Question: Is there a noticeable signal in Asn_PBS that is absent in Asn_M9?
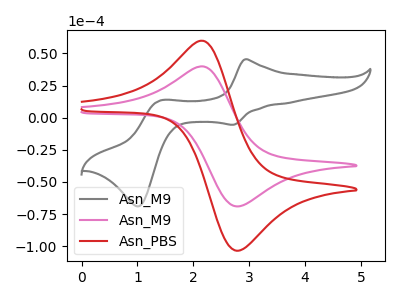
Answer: <think>The gray curve "Asn_M9" has anodic peaks at (2.95V, 45.45uA) (1.40V, 13.50uA) and cathodic peaks at (2.70V, -5.50uA) (1.00V, -69.00uA). The pink curve "Asn_M9" has an anodic peak at (2.20V, 39.90uA) and a cathodic peak at (2.80V, -69.10uA). The red curve "Asn_PBS" has an anodic peak at (2.20V, 59.85uA) and a cathodic peak at (2.80V, -103.60uA).
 All the peaks in "Asn_PBS" have a peak in "Asn_M9" at the same potential. Every peak in "Asn_PBS" is higher than every peak in "Asn_M9".</think>
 <answer>No, "Asn_PBS" and "Asn_M9" don't appear to be significantly different in shape</answer>
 <eval>no_change</eval>